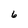
Character: 6